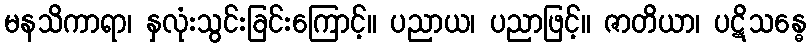
မနသိကာရာ၊ နှလုံးသွင်းခြင်းကြောင့်။ ပညာယ၊ ပညာဖြင့်။ ဇာတိယာ၊ ပဋိသန္ဓေ